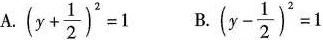
A.$$( y + \frac { 1 } { 2 } ) ^ { 2 } = 1$$ B. $$( y - \frac { 1 } { 2 } ) ^ { 2 } = 1$$